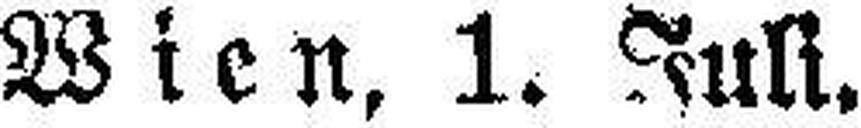
Wien, 1. Juli.